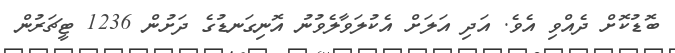
ބޮޑުކޮށް ދެއްވި އެވެ. އަދި އަލަށް އެކުލަވާލެވުނު އޮނިގަނޑުގެ ދަށުން 1236 ޓީޗަރުން